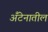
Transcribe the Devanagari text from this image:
अँटेनातील